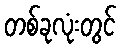
တစ်ခုလုံးတွင်